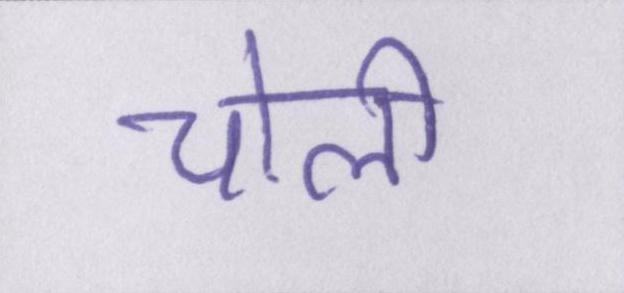
चोली